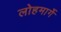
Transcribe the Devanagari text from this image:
लोहमार्गे